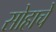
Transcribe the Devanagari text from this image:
सोहाचे